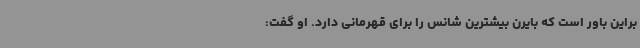
براین باور است که بایرن بیشترین شانس را برای قهرمانی دارد. او گفت: